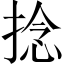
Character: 捻